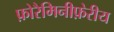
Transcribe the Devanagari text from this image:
फ़ोरैमिनीफ़ेरीय